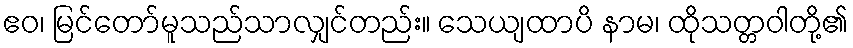
ဧဝ၊ မြင်တော်မူသည်သာလျှင်တည်း။ သေယျထာပိ နာမ၊ ထိုသတ္တဝါတို့၏